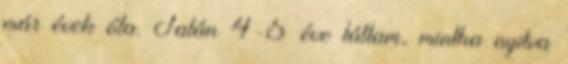
már évek óta. Talán 4-5 éve láttam, mintha nyitva